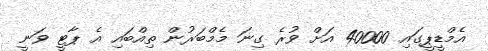
އެމްޑީޕީގައި 40000 އަށް ވުރެ ގިނަ މެމްބަރުން ތިއްބައި އެ ޕާޓީ ވަނީ